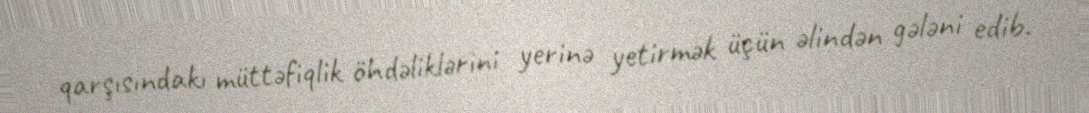
qarşısındakı müttəfiqlik öhdəliklərini yerinə yetirmək üçün əlindən gələni edib.